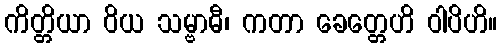
ကိတ္တိယာ ဝိယ သမ္ဗာဓီ၊ ကတာ ခေတ္တေဟိ ဝါပိဟိ။